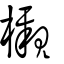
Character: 櫬